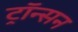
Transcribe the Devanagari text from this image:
ट्रॉन्सन